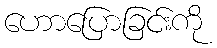
ဟောပြောခြင်းကို